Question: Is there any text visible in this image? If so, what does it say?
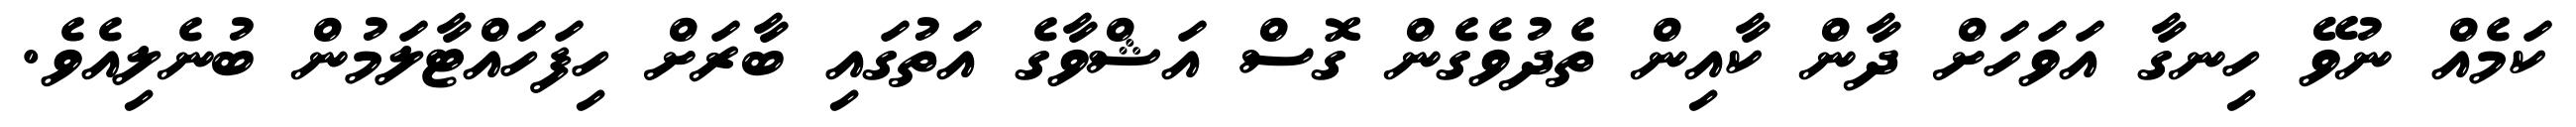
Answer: ކަމެއް ނުވޭ ހިނގާ އަވަހަށް ދާން ކާއިން ތެދުވެގެން ގޮސް އަޝްވާގެ އަތުގައި ބާރަށް ހިފަހައްޓާލަމުން ބުނެލިއެވެ.